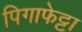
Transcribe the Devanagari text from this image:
पिगाफेट्टा